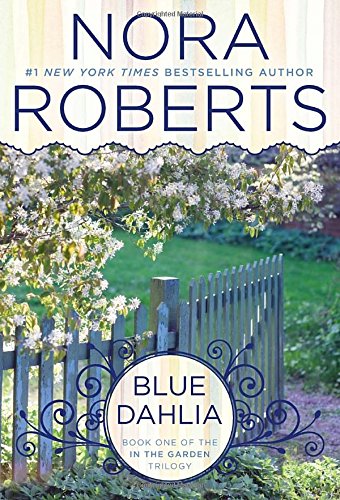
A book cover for Blue Dahlia: In the Garden Trilogy; Nora Roberts; Romance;